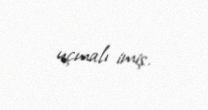
uçmalı imiş.